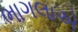
ભાગલાએ